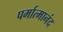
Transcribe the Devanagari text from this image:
पर्मात्मानंद